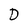
Character: D